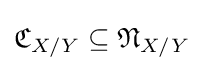
{\mathfrak {C}}_{X/Y}\subseteq {\mathfrak {N}}_{X/Y}